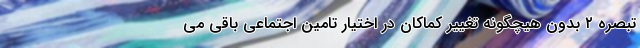
تبصره ۲ بدون هیچگونه تغییر کماکان در اختیار تامین اجتماعی باقی می